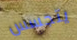
يتجسس